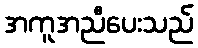
အကူအညီပေးသည်